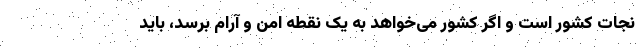
نجات کشور است و اگر کشور می‌خواهد به یک نقطه امن و آرام برسد، باید